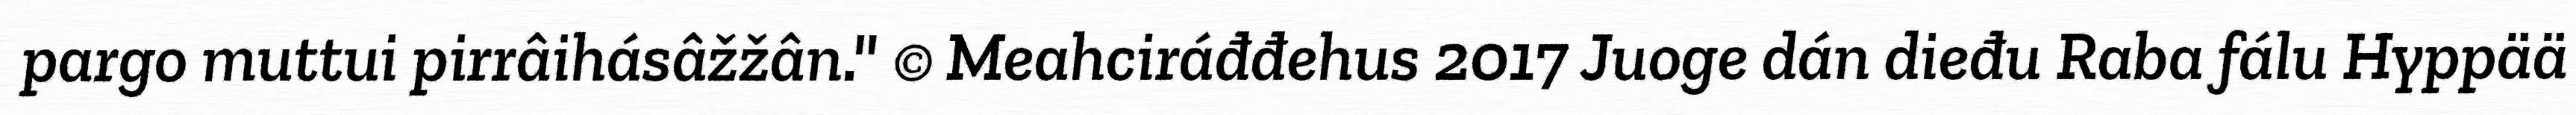
pargo muttui pirrâihásâžžân." © Meahciráđđehus 2017 Juoge dán dieđu Raba fálu Hyppää